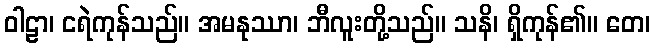
ဝါဠာ၊ ငရဲကုန်သည်။ အမနုဿာ၊ ဘီလူးတို့သည်။ သနိ၊ ရှိကုန်၏။ တေ၊